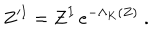
Z ^ { I } = Z ^ { I } \, e ^ { - \Lambda _ { K } ( Z ) } \ .